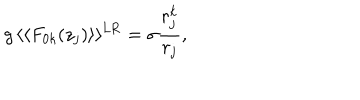
LaTeX: g \, \langle \langle F _ { 0 k } ( z _ { j } ) \rangle \rangle ^ { \mathrm { L R } } = \sigma \frac { r _ { j } ^ { k } } { r _ { j } } ,